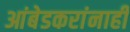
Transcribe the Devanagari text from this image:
आंबेडकरांनाही